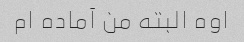
اوه البته من آماده ام